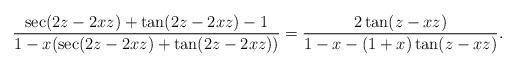
LaTeX: \begin{align*}\frac{\sec(2z-2xz)+\tan(2z-2xz)-1}{1-x(\sec(2z-2xz)+\tan(2z-2xz))}=\frac{2\tan(z-xz)}{1-x-(1+x)\tan(z-xz)}.\end{align*}